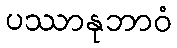
ပဿာနုဘာဝံ